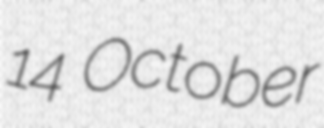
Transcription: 14 October